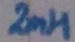
Text: 2mH